On the standardisation of anti-typhoid vaccine - Number 21
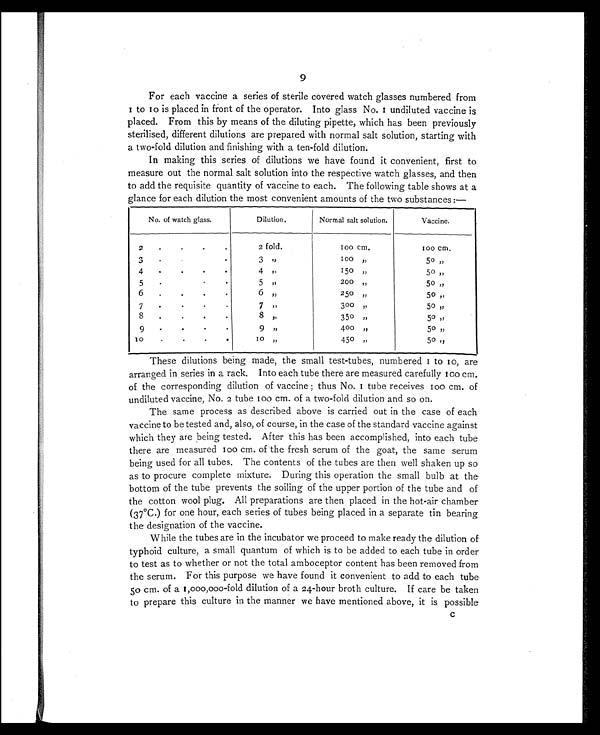
9
For each vaccine a series of sterile covered watch glasses numbered from
1 t o 1 0 i s p l a c e d i n f r o n t o f t h e o p e r a t o r . I n t o g l a s s N o . 1 u n d i l u t e d v a c c i n e i s
placed. From this by means of the diluting pipette, which has been previously
sterilised, different dilutions are prepared with normal salt solution, starting with
a two-fold dilution and finishing with a ten-fold dilution.
In making this series of dilutions we have found it convenient, first to
measure out the normal salt solution into the respective watch glasses, and then
to add the requisite quantity of vaccine to each. The following table shows at a
glance for each dilution the most convenient amounts of the two substances:-
No. of watch glass.
Dilution.
Normal salt solution.
Vaccine.
2
•
2 fold.
1 0 0
c m .
100 cm.
3
•
.
3 ,,
100
„
50 „
4
•
•
•
•
4
„
150 „
50„
5
-
•
•
5
„
200 „
50 „
6
.
•
6
„
250 „
50
„
7
•
.
.
.
7
„
300 „
50
„
8
.
•
8
„
350
„
50 „
9
•
.
.
.
9
„
400
„
50 „
lo.
1 0 „
450
„
50
„
These dilutions being made, the small test-tubes, numbered 1 to 10, are
arranged in series in a rack. Into each tube there are measured carefully 100 cm.
of the corresponding dilution of vaccine; thus No. 1 tube receives 100 cm. of
undiluted vaccine, No. 2 tube 100 cm. of a two-fold dilution and so on.
The same process as described above is carried out in the case of each
vaccine to be tested and, also, of course, in the case of the standard vaccine against
which they are being tested. After this has been accomplished, into each tube
there are measured 100 cm. of the fresh serum of the goat, the same serum
being used for all tubes. The contents of the tubes are then well shaken up so
as to procure complete mixture. During this operation the small bulb at the
bottom of the tube prevents the soiling of the upper portion of the tube and of
the cotton wool plug. All preparations are then placed in the hot-air chamber
(37°C.) for one hour, each series of tubes being placed in a separate tin bearing
the designation of the vaccine.
While the tubes are in the incubator we proceed to make ready the dilution of
typhoid culture, a small quantum of which is to be added to each tube in order
to test as to whether or not the total amboceptor content has been removed from
the serum. For this purpose we have found it convenient to add to each tube
50 cm. of a 1,000,000-fold dilution of a 24-hour broth culture. If care be taken
to prepare this culture in the manner we have mentioned above, it is possible